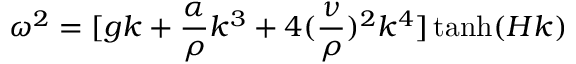
\omega ^ { 2 } = [ g k + \frac { \alpha } { \rho } k ^ { 3 } + 4 ( \frac { \nu } { \rho } ) ^ { 2 } k ^ { 4 } ] \operatorname { t a n h } ( H k )